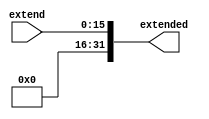
module ZeroExtender(
	input[15:0] extend,
	output[31:0] extended
);



always @( extend ) begin
    extended[31:0] <= {16'h0000, extend[15:0]};
end

endmodule